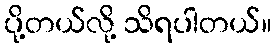
ပို့တယ်လို့ သိရပါတယ်။